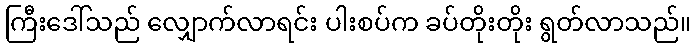
ကြီးဒေါ်သည် လျှောက်လာရင်း ပါးစပ်က ခပ်တိုးတိုး ရွတ်လာသည်။